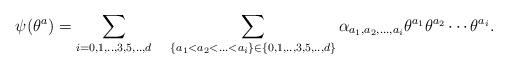
LaTeX: \begin{align*}\psi (\theta^a) = \sum_{i=0,1,..,3,5,..,d} \quad \sum_{\{ a_1< a_2<...<a_i\}\in \{0,1,..,3,5,..,d\} } \alpha_{a_1, a_2,...,a_i}\theta^{a_1} \theta^{a_2} \cdots \theta^{a_i}. \end{align*}